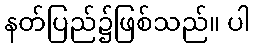
နတ်ပြည်၌ဖြစ်သည်။ ပါ